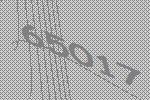
65017